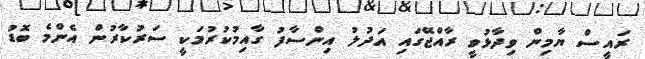
ރައީސް ޔާމިން ވިދާޅުވީ ރާއްޖޭގައި އަދުލު އިންސާފު ގާއިމުކުރުމަކީ ސަރުކާރުން އެންމެ ބޮޑު